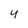
Character: 4